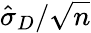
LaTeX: {\hat{\sigma}}_{D}/{\sqrt{n}}